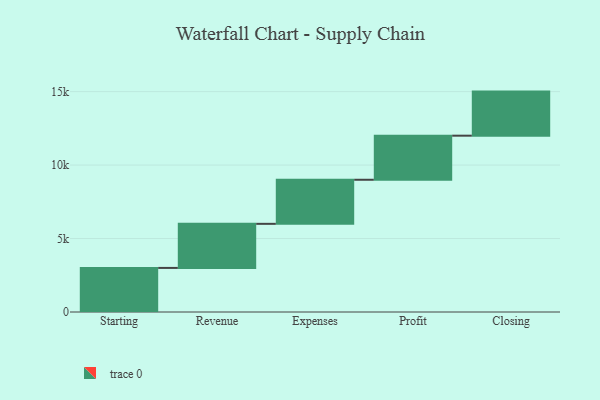
{"axis": {"x": "Step", "y": "Value"}, "legend": [""], "data": [{"x": "Starting", "y": 3000, "type": ""}, {"x": "Revenue", "y": 3000, "type": ""}, {"x": "Expenses", "y": 3000, "type": ""}, {"x": "Profit", "y": 3000, "type": ""}, {"x": "Closing", "y": 3000, "type": ""}]}